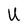
Character: U